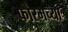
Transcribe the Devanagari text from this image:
फोरमच्या